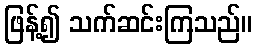
ဖြန့်၍ သက်ဆင်းကြသည်။